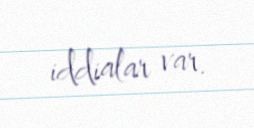
iddialar var.